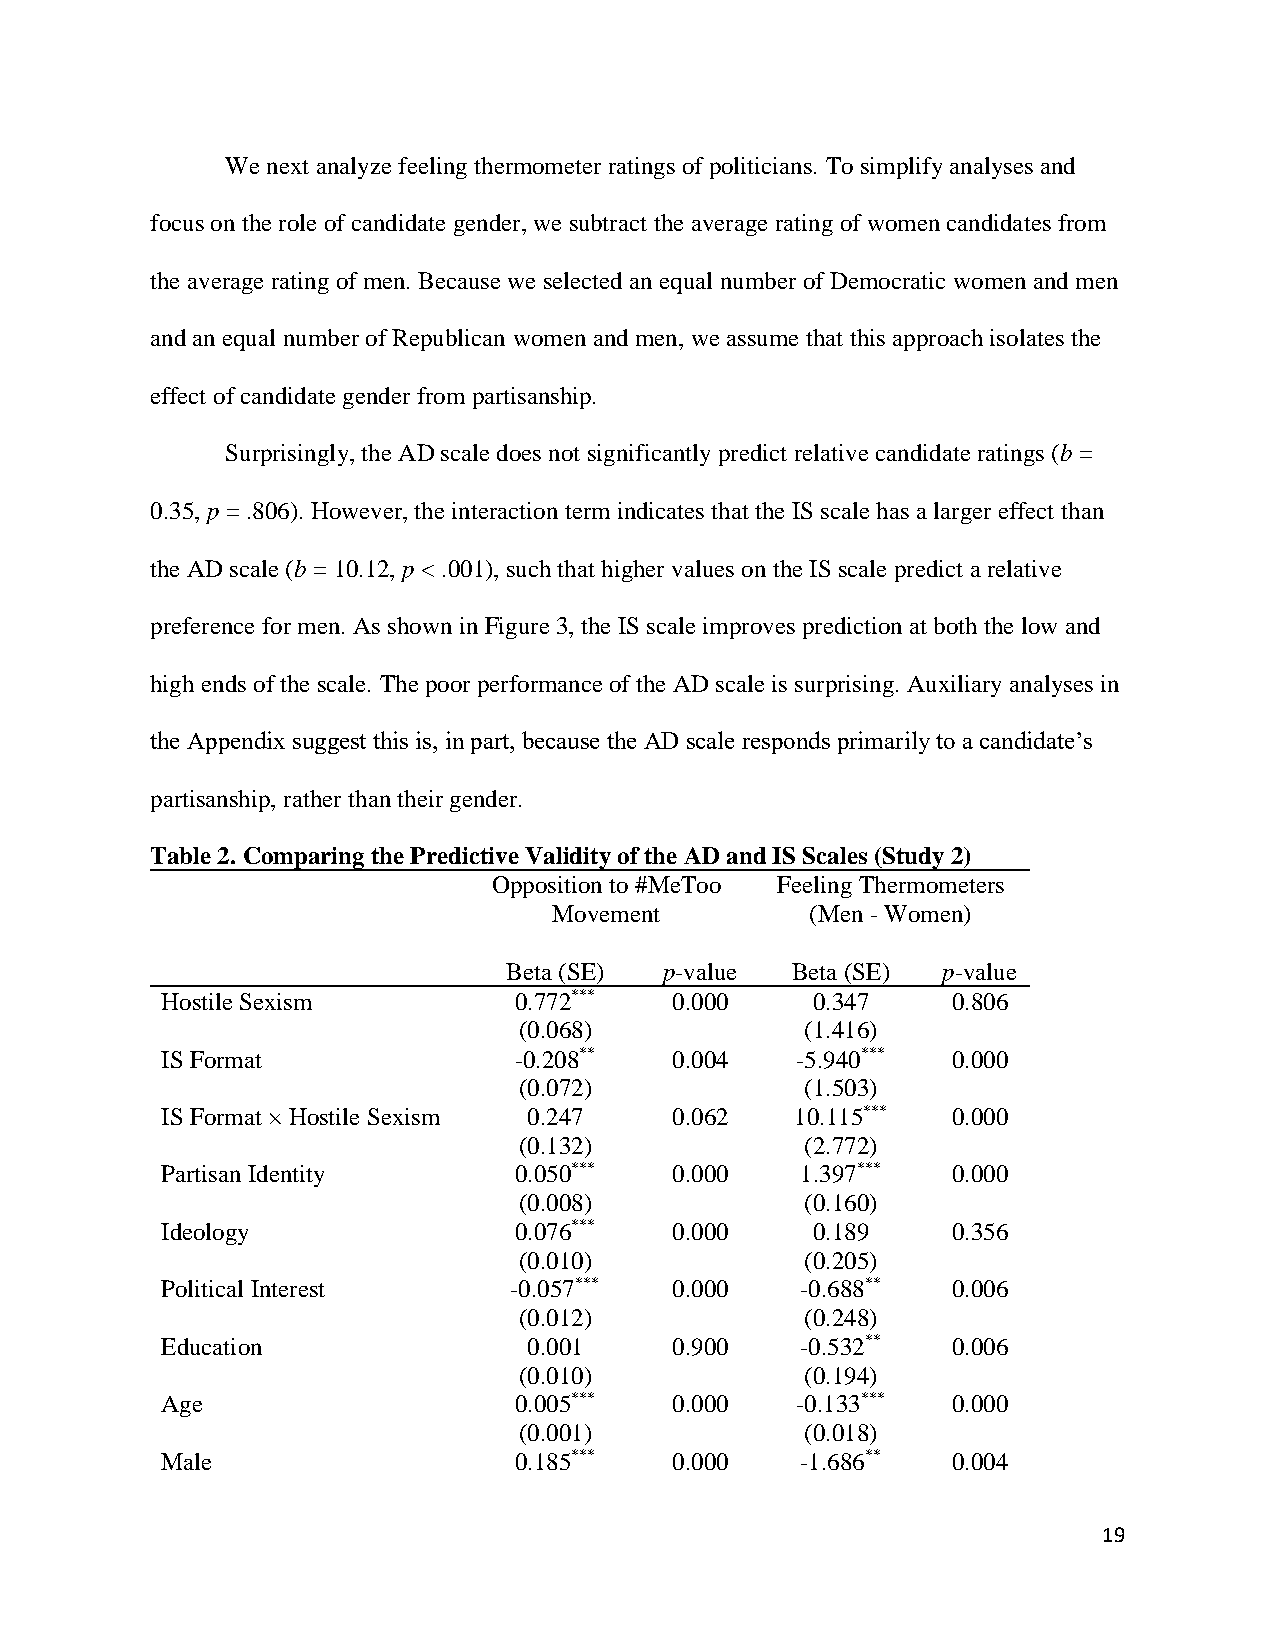
We next analyze feeling thermometer ratings of politicians. To simplify analyses and
 focus on the role of candidate gender, we subtract the average rating of women candidates from
 the average rating of men. Because we selected an equal number of Democratic women and men
 and an equal number of Republican women and men, we assume that this approach isolates the
 effect of candidate gender from partisanship.
 Surprisingly, the AD scale does not significantly predict relative candidate ratings (b =
 0.35, p = .806). However, the interaction term indicates that the IS scale has a larger effect than
 the AD scale (b = 10.12, p < .001), such that higher values on the IS scale predict a relative
 preference for men. As shown in Figure 3, the IS scale improves prediction at both the low and
 high ends of the scale. The poor performance of the AD scale is surprising. Auxiliary analyses in
 the Appendix suggest this is, in part, because the AD scale responds primarily to a candidate’s
 partisanship, rather than their gender.
 Table 2. Comparing the Predictive Validity of the AD and IS Scales (Study 2)
 Opposition to #MeToo Feeling Thermometers
 Movement         (Men - Women)
 Beta (SE) p-value Beta (SE) p-value
 Hostile Sexism         0.772***   0.000    0.347    0.806
 (0.068)            (1.416)
 IS Format              -0.208**   0.004   -5.940*** 0.000
 (0.072)            (1.503)
 IS Format × Hostile Sexism 0.247  0.062   10.115*** 0.000
 (0.132)            (2.772)
 Partisan Identity      0.050***   0.000   1.397***  0.000
 (0.008)            (0.160)
 Ideology               0.076***   0.000    0.189    0.356
 (0.010)            (0.205)
 Political Interest     -0.057***  0.000   -0.688**  0.006
 (0.012)            (0.248)
 Education               0.001     0.900   -0.532**  0.006
 (0.010)            (0.194)
 Age                    0.005***   0.000   -0.133*** 0.000
 (0.001)            (0.018)
 Male                   0.185***   0.000   -1.686**  0.004
 19